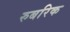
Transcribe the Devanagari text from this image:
रुबरिक